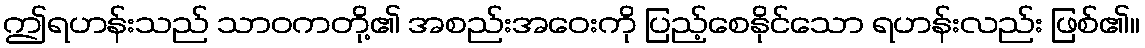
ဤရဟန်းသည် သာဝကတို့၏ အစည်းအဝေးကို ပြည့်စေနိုင်သော ရဟန်းလည်း ဖြစ်၏။